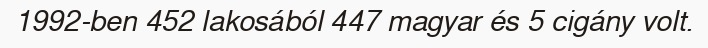
1992-ben 452 lakosából 447 magyar és 5 cigány volt.